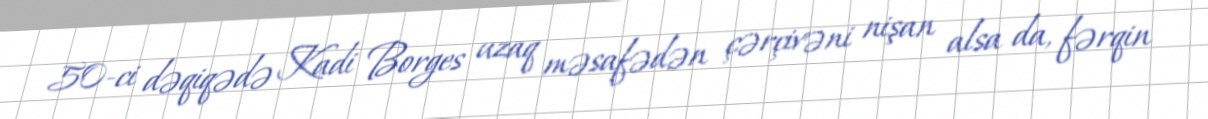
50-ci dəqiqədə Kadi Borges uzaq məsafədən çərçivəni nişan alsa da, fərqin